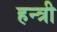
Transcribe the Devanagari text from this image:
हन्त्री